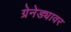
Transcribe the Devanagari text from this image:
ग्रेनेड्यावर